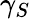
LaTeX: \gamma_{S}